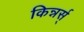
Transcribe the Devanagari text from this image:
किन्नर्स्